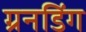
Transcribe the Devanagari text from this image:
ग्रनडिंग